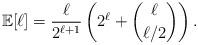
LaTeX: \begin{align*}\mathbb{E}[\ell]=\dfrac{\ell}{2^{\ell+1}}\left(2^\ell+\dbinom{\ell}{\ell/2}\right).\end{align*}